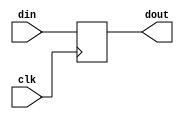
module pipo(din,clk,dout);
input wire [3:0] din;
input wire clk;
output reg [3:0] dout;

always @(posedge clk)
begin 
dout <= din;
end
endmodule